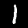
Label: 1